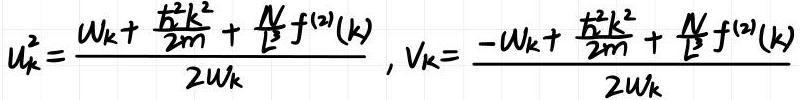
$u_{k}^{2}=\frac{W_{k}+\frac{\hbar^{2} k^{2}}{2 m}+\frac{N}{L^{3}} f^{(2)}(k)}{2 W_{k}}, v_{k}=\frac{-W_{k}+\frac{\hbar^{2} k^{2}}{2 m}+\frac{N}{L^{3}} f^{(2)}(k)}{2 W_{k}}$